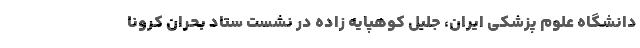
دانشگاه علوم پزشکی ایران، جلیل کوهپایه زاده در نشست ستاد بحران کرونا